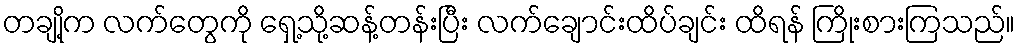
တချို့က လက်တွေကို ရှေ့သို့ဆန့်တန်းပြီး လက်ချောင်းထိပ်ချင်း ထိရန် ကြိုးစားကြသည်။